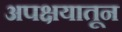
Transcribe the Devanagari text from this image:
अपक्षयातून